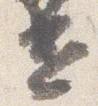
遣